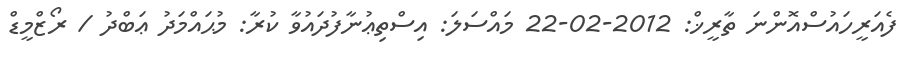
ފެއަރީހައުސްއޮންނަ ތާރީޚް: 2012-02-22 މައްސަލަ: އިސްތިޢުނާފުދައުވާ ކުރާ: މުޙައްމަދު ޢަބްދު / ރޯޒްމީޑް